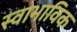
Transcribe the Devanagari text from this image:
स्‍वाभाविक